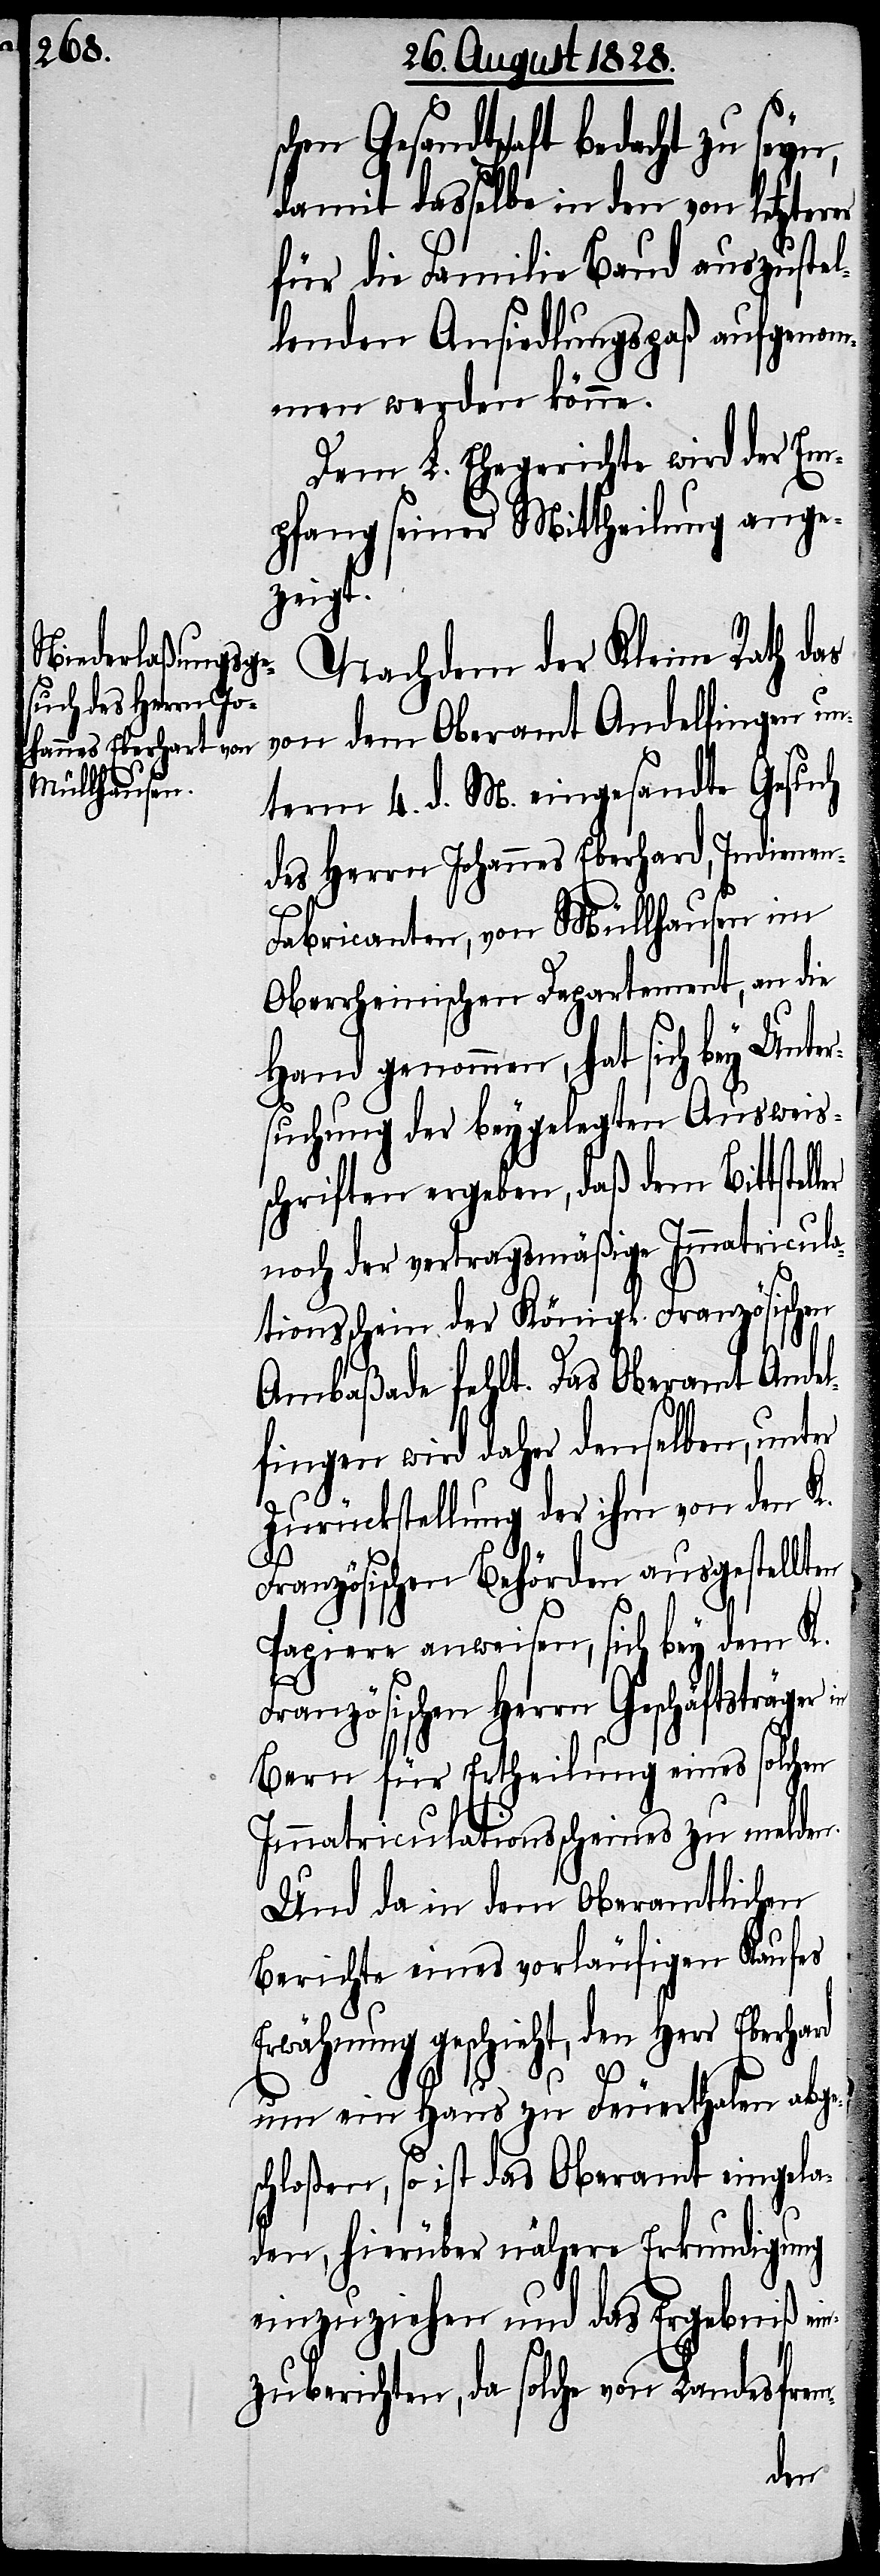
damit dasselbe in den von letzterer
für die Familie Baud auszustel¬
lenden Ansiedlungspaß aufgenom¬
men werden könne.
Dem L. Ehegerichte wird der Em¬
pfang seiner Mittheilung ange¬
zeigt.
Nachdem der Kleine Rath das
von dem Oberamt Andelfingen un¬
term 4. d. M. eingesandte Gesuch
des Herrn Johannes Eberhard, Indienen-F¬
abricanten, von Müllhausen im
Oberrheinischen Departement, an die
Hand genommen, hat sich bey Unte¬
rsuchung der beygelegten Ausweis¬
schriften ergeben, daß dem Bittstel¬
noch der vertragsmäßige Immatricula¬
tionsschein der Königl. Französischen
Ambaßade fehlt. Das Oberamt Ande¬
lfingen wird daher denselben, unter
Zurückstellung der ihm von den K.
Französischen Behörden ausgestellten
Papiere anweisen, sich bey dem K.
Französischen Herrn Geschäftsträger
Bern für Ertheilung eines solchen
Immatriculationsscheines zu melden.
Und da in dem Oberamtlichen
Berichte eines vorläufigen Kaufes
Erwähnung geschieht, den Herrn Eberhard
um ein Haus zu Feuerthalen abges¬
chloßen, so ist das Oberamt eingela¬
den, hierüber nähere Erkundigung
einzuziehen und das Ergebniß ei¬
nzuberichten, da solche von Landesfrem-
ler